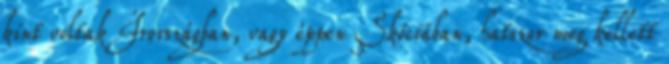
kint voltak Írországban, vagy éppen Skóciában, hatszor meg kellett